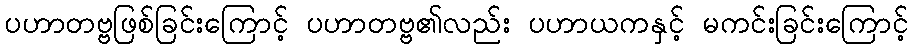
ပဟာတဗ္ဗဖြစ်ခြင်းကြောင့် ပဟာတဗ္ဗ၏လည်း ပဟာယကနှင့် မကင်းခြင်းကြောင့်